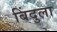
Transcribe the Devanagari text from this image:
बिंदुला